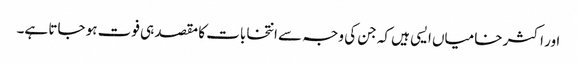
اور اکثر خامیاں ایسی ہیں کہ جن کی وجہ سے انتخابات کا مقصد ہی فوت ہو جاتا ہے۔